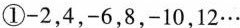
①-2，4，-6，8，-10，12…